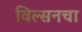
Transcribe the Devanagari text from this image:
विल्सनचा